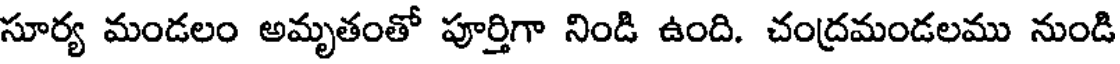
సూర్య మండలం అమృతంతో పూర్తిగా నిండి ఉంది. చంద్రమండలము నుండి